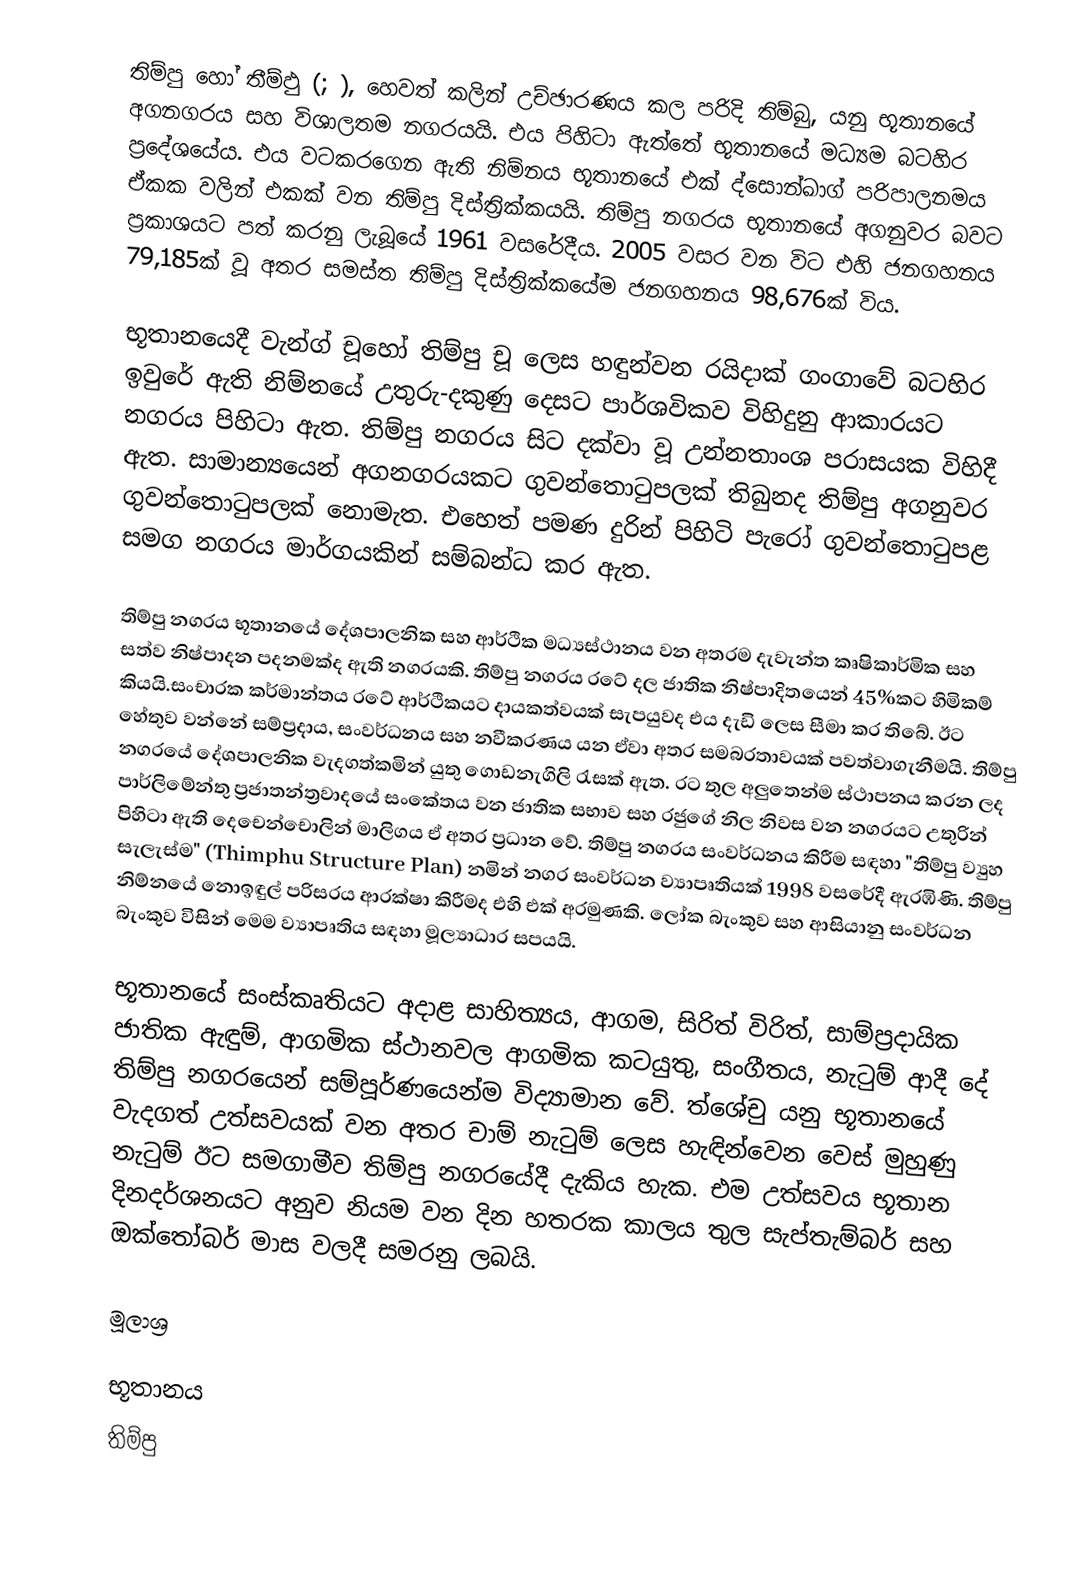
තිම්පු හෝ තීම්ඵු (;  ), හෙවත් කලින් උච්ඡාරණය කල පරිදි තිම්බු, යනු භූතානයේ අගනගරය සහ විශාලතම නගරයයි. එය පිහිටා ඇත්තේ භූතානයේ මධ්‍යම බටහිර ප්‍රදේශයේය. එය වටකරගෙන ඇති නිම්නය භූතානයේ එක් ද්සොන්ඛාග් පරිපාලනමය ඒකක වලින් එකක් වන තිම්පු දිස්ත්‍රික්කයයි. තිම්පු නගරය භූතානයේ අගනුවර බවට ප්‍රකාශයට පත් කරනු ලැබූයේ 1961 වසරේදීය. 2005 වසර වන විට එහි ජනගහනය 79,185ක් වූ අතර සමස්ත තිම්පු දිස්ත්‍රික්කයේම ජනගහනය 98,676ක් විය.

භූතානයෙදී වැන්ග් චූහෝ තිම්පු චූ ලෙස හඳුන්වන රයිදාක් ගංගාවේ බටහිර ඉවුරේ ඇති නිම්නයේ උතුරු-දකුණු දෙසට පාර්ශවිකව විහිදුනු ආකාරයට නගරය පිහිටා ඇත. තිම්පු නගරය  සිට  දක්වා වූ උන්නතාංශ පරාසයක විහිදී ඇත. සාමාන්‍යයෙන් අගනගරයකට ගුවන්තොටුපලක් තිබුනද තිම්පු අගනුවර ගුවන්තොටුපලක් නොමැත. එහෙත්  පමණ දුරින් පිහිටි පැරෝ ගුවන්තොටුපළ සමග නගරය මාර්ගයකින් සම්බන්ධ කර ඇත.

තිම්පු නගරය භූතානයේ දේශපාලනික සහ ආර්ථික මධ්‍යස්ථානය වන අතරම දැවැන්ත කෘෂිකාර්මික සහ සත්ව නිෂ්පාදන පදනමක්ද ඇති නගරයකි. තිම්පු නගරය රටේ දල ජාතික නිෂ්පාදිතයෙන් 45%කට හිමිකම් කියයි.සංචාරක කර්මාන්තය රටේ ආර්ථිකයට දායකත්වයක් සැපයුවද එය දැඩි ලෙස සීමා කර තිබේ. ඊට හේතුව වන්නේ සම්ප්‍රදාය, සංවර්ධනය සහ නවීකරණය යන ඒවා අතර සමබරතාවයක් පවත්වාගැනීමයි. තිම්පු නගරයේ දේශපාලනික වැදගත්කමින් යුතු ගොඩනැගිලි රැසක් ඇත. රට තුල අලුතෙන්ම ස්ථාපනය කරන ලද පාර්ලිමේන්තු ප්‍රජාතන්ත්‍රවාදයේ සංකේතය වන ජාතික සභාව සහ රජුගේ නිල නිවස වන නගරයට උතුරින් පිහිටා ඇති දෙචෙන්චොලින්  මාලිගය ඒ අතර ප්‍රධාන වේ. තිම්පු නගරය සංවර්ධනය කිරීම සඳහා "තිම්පු ව්‍යුහ සැලැස්ම" (Thimphu Structure Plan) නමින් නගර සංවර්ධන ව්‍යාපෘතියක් 1998 වසරේදී ඇරඹිණි. තිම්පු නිම්නයේ නොඉඳුල් පරිසරය ආරක්ෂා කිරීමද එහි එක් අරමුණකි. ලෝක බැංකුව සහ ආසියානු සංවර්ධන බැංකුව විසින් මෙම ව්‍යාපෘතිය සඳහා මූල්‍යාධාර සපයයි.

භූතානයේ සංස්කෘතියට අදාළ සාහිත්‍යය, ආගම, සිරිත් විරිත්, සාම්ප්‍රදායික ජාතික ඇඳුම්, ආගමික ස්ථානවල ආගමික කටයුතු, සංගීතය,  නැටුම් ආදී දේ තිම්පු නගරයෙන් සම්පූර්ණයෙන්ම විද්‍යාමාන වේ. ත්ශේචු යනු භූතානයේ වැදගත් උත්සවයක් වන අතර චාම් නැටුම් ලෙස හැඳින්වෙන වෙස් මුහුණු නැටුම් ඊට සමගාමීව තිම්පු නගරයේදී දැකිය හැක. එම උත්සවය භූතාන දිනදර්ශනයට අනුව නියම වන දින හතරක කාලය තුල සැප්තැම්බර් සහ ඔක්තෝබර් මාස වලදී සමරනු ලබයි.

මූලාශ්‍ර

භූතානය
තිම්පු